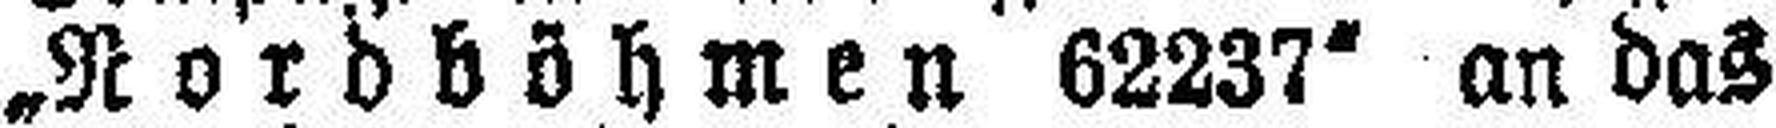
„Nordböhmen 62237“ an das